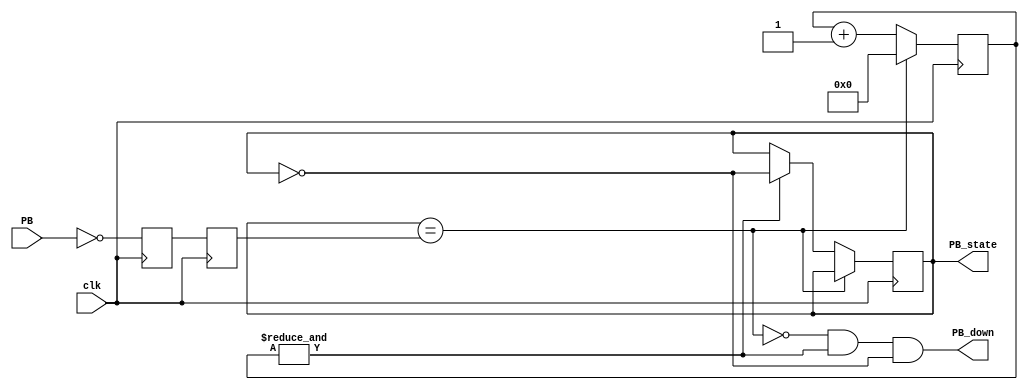
// module debounce_button (
//     input clk,         // clock input
//     input button,      // button input to be debounced
//     output reg debounced_button  // debounced button output
// );

// // Define constants for debounce timer
// localparam DEBOUNCE_TIME = 50_000;  // 50ms debounce time
// localparam MAX_COUNT = DEBOUNCE_TIME - 1;

// // Define state variables
// reg [15:0] count;  // counter to measure debounce time
// reg [1:0] state;   // state machine state

// // Define state machine states
// parameter IDLE = 2'b00;
// parameter PRESS = 2'b01;
// parameter RELEASE = 2'b10;

// // State machine logic
// always @ (posedge clk) begin
//     case (state)
//         IDLE:
//             if (button == 1'b0) begin
//                 count <= 0;
//                 state <= PRESS;
//             end else begin
//                 debounced_button <= 1'b0;
//             end
//         PRESS:
//             if (button == 1'b1) begin
//                 count <= 0;
//                 state <= RELEASE;
//             end else if (count == MAX_COUNT) begin
//                 debounced_button <= 1'b1;
//                 state <= IDLE;
//             end else begin
//                 count <= count + 1;
//             end
//         RELEASE:
//             if (button == 1'b0) begin
//                 count <= 0;
//                 state <= PRESS;
//             end else if (count == MAX_COUNT) begin
//                 debounced_button <= 1'b0;
//                 state <= IDLE;
//             end else begin
//                 count <= count + 1;
//             end
//     endcase
// end

// endmodule
// module debounce_button (
//   input clk,
//   input btn,
//   output reg debounced_btn
// );

// parameter debounce_cycles = 10; // number of cycles for debounce

// reg [debounce_cycles-1:0] history;
// reg stable;
// reg [debounce_cycles - 1 : 0] check;
// integer i;
// initial begin
//     for (i = 0; i < debounce_cycles; i = i + 1) begin
//         check[i] = 1'b1;
//     end
// end
// always @(posedge clk) begin
//   history <= {history[debounce_cycles-2:0], btn};
//   stable <= (history == check); // all ones
  
//   if (stable && !debounced_btn) begin
//     debounced_btn <= 1;
//   end else if (!stable && debounced_btn) begin
//     debounced_btn <= 0;
//   end
// end

// endmodule
module debounce_button(
    input clk,
    input PB,  // "PB" is the glitchy, asynchronous to clk, active low push-button signal

    // from which we make three outputs, all synchronous to the clock
    output reg PB_state=0,  // 1 as long as the push-button is active (down)
    output PB_down  // 1 for one clock cycle when the push-button goes down (i.e. just pushed)
);

// First use two flip-flops to synchronize the PB signal the "clk" clock domain
reg PB_sync_0;  
always @(posedge clk) PB_sync_0 <= ~PB;  // invert PB to make PB_sync_0 active high
reg PB_sync_1; 
always @(posedge clk) PB_sync_1 <= PB_sync_0;

// Next declare a 16-bits counter
reg [7:0] PB_cnt = 0;

wire PB_up;
// When the push-button is pushed or released, we increment the counter
// The counter has to be maxed out before we decide that the push-button state has changed

wire PB_idle = (PB_state==PB_sync_1);
wire PB_cnt_max = &PB_cnt;	// true when all bits of PB_cnt are 1's

always @(posedge clk)
if(PB_idle)
    PB_cnt <= 0;  // nothing's going on
else
begin
    PB_cnt <= PB_cnt + 8'd1;  // something's going on, increment the counter
    if(PB_cnt_max) PB_state <= ~PB_state;  // if the counter is maxed out, PB changed!
end

assign PB_down = ~PB_idle & PB_cnt_max & ~PB_state;
assign PB_up   = ~PB_idle & PB_cnt_max &  PB_state;
endmodule